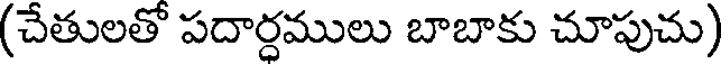
(చేతులతో పదార్దములు బాబాకు చూపుచు)